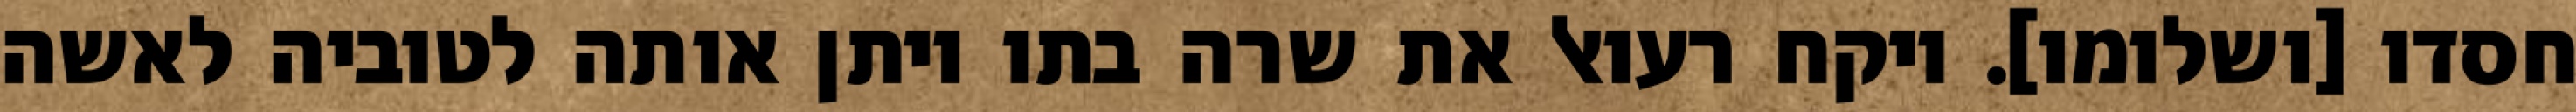
חסדו [ושלומו]. ויקח רעואל את שרה בתו ויתן אותה לטוביה לאשה